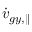
\dot { v } _ { g y , \parallel }